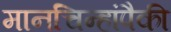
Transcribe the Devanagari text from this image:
मानचिन्हांपैकी